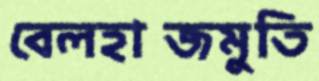
বেলহাজমুতি